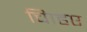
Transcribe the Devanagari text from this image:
चािहए